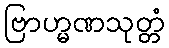
ဗြာဟ္မဏသုတ္တံ